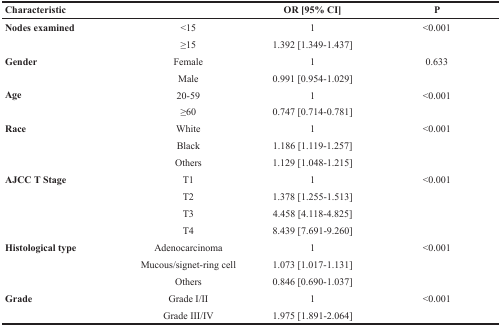
| Characteristic |  | OR [95% CI] | P |
 | --- | --- | --- | --- |
 | Nodes examined | <15 | 1 | <0.001 |
 |  | ≥15 | 1.392 [1.349-1.437] |  |
 | Gender | Female | 1 | 0.633 |
 |  | Male | 0.991 [0.954-1.029] |  |
 | Age | 20-59 | 1 | <0.001 |
 |  | ≥60 | 0.747 [0.714-0.781] |  |
 | Race | White | 1 | <0.001 |
 |  | Black | 1.186 [1.119-1.257] |  |
 |  | Others | 1.129 [1.048-1.215] |  |
 | AJCC T Stage | T1 | 1 | <0.001 |
 |  | T2 | 1.378 [1.255-1.513] |  |
 |  | T3 | 4.458 [4.118-4.825] |  |
 |  | T4 | 8.439 [7.691-9.260] |  |
 | Histological type | Adenocarcinoma | 1 | <0.001 |
 |  | Mucous/signet-ring cell | 1.073 [1.017-1.131] |  |
 |  | Others | 0.846 [0.690-1.037] |  |
 | Grade | Grade I/II | 1 | <0.001 |
 |  | Grade III/IV | 1.975 [1.891-2.064] |  |